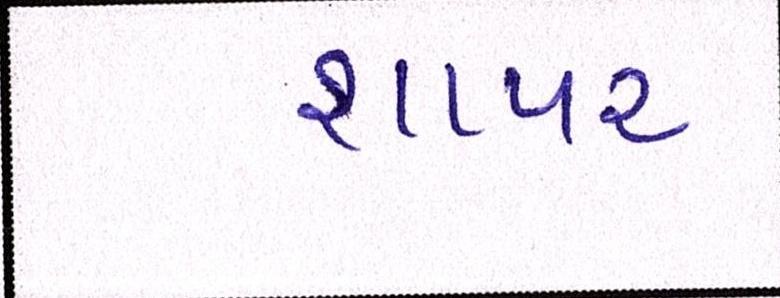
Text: શાપર